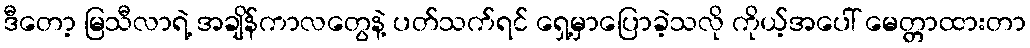
ဒီတော့ မြသီလာရဲ့ အချိန်ကာလတွေနဲ့ ပတ်သက်ရင် ရှေ့မှာပြောခဲ့သလို ကိုယ့်အပေါ် မေတ္တာထားတာ